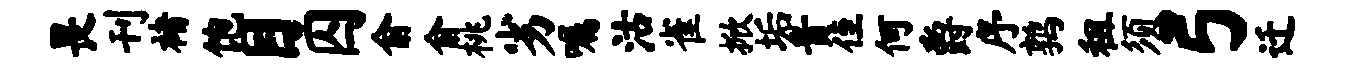
畏刊褚饱目囚俞俞桃劣嘱沽雀掀垢贵侄何爵序鹑租须弓迁